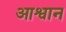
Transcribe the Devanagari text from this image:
आश्वान